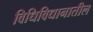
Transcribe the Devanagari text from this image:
विधिविधानातील